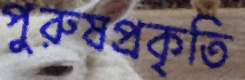
পুরুষপ্রকৃতি